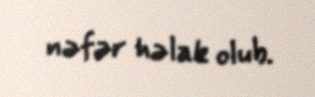
nəfər həlak olub.